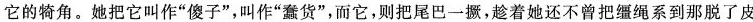
它的犄角。她把它叫作”傻子”，叫作”蠢货”，而它，则把尾巴一撅，着她还不曾把缰绳系到那脱了皮